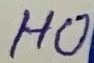
Text: HO